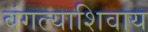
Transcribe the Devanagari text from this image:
बंगल्याशिवाय